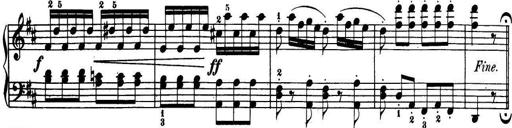
Title: 32 Sonatinas and Rondos for the Piano
Composer: Richard Kleinmichel